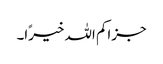
جزاکم اللہ خیرًا۔